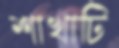
শাখাটি